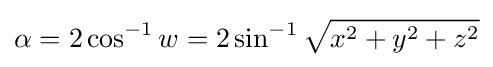
\alpha =2\cos ^{-1}w=2\sin ^{-1}{\sqrt {x^{2}+y^{2}+z^{2}}}